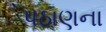
પઠાણના